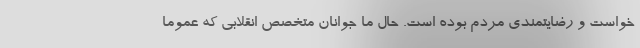
خواست و رضایتمندی مردم بوده است. حال ما جوانان متخصص انقلابی که عموما